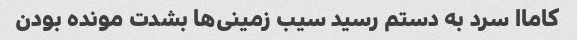
کاماا سرد به دستم رسید سیب زمینی‌ها بشدت مونده بودن